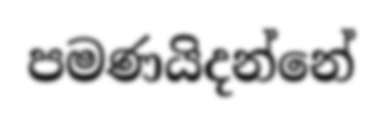
පමණයිදන්නේ